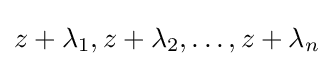
z+\lambda _{1},z+\lambda _{2},\ldots ,z+\lambda _{n}